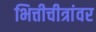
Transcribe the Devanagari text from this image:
भित्तीचीत्रांवर